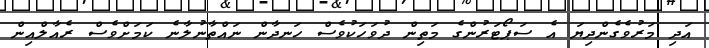
އަދި މަރުވެގެންދިޔަ އެ ސަޕޯޓަރުންގެ މަތިން ދުވަހަކުވެސް ހަނދާން ނައްތާނުލާނެ ކަމަށްވެސް ރެއާލްއިން